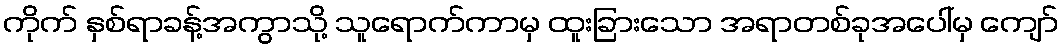
ကိုက် နှစ်ရာခန့်အကွာသို့ သူရောက်ကာမှ ထူးခြားသော အရာတစ်ခုအပေါ်မှ ကျော်